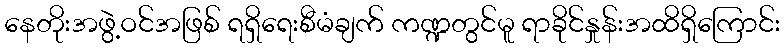
နေတိုးအဖွဲ့ဝင်အဖြစ် ရရှိရေးစီမံချက် ကဏ္ဍတွင်မူ ရာခိုင်နှုန်းအထိရှိကြောင်း